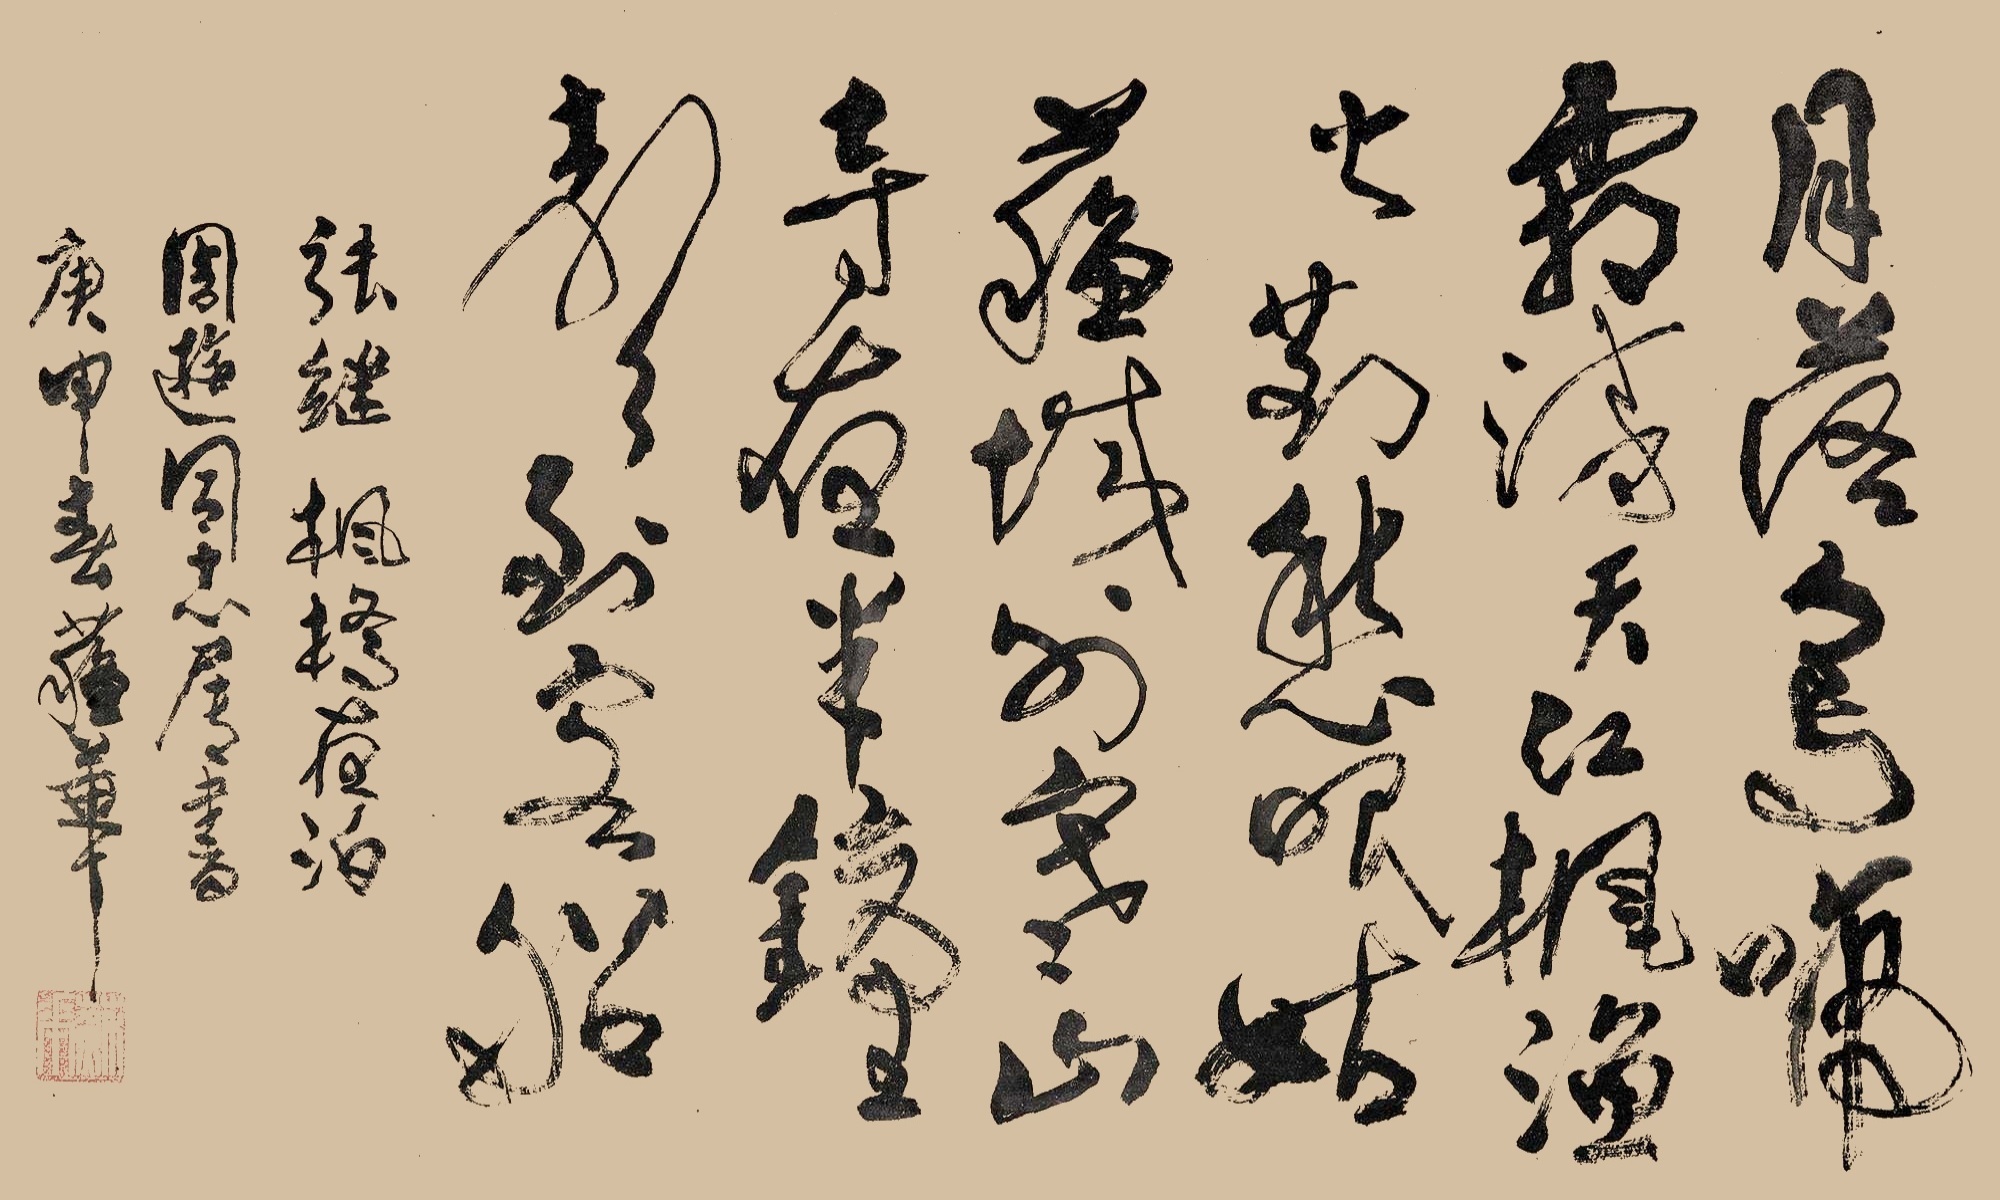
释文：月落乌啼霜满天，江枫渔火对愁眠，姑苏城外寒山寺，夜半钟声到客船。张继枫桥夜泊周游同志属书，庚申春苏华。